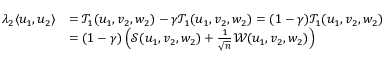
\begin{array} { r l } { \lambda _ { 2 } \langle u _ { 1 } , u _ { 2 } \rangle } & { = { \mathcal { T } } _ { 1 } ( u _ { 1 } , v _ { 2 } , w _ { 2 } ) - { \gamma } { \mathcal { T } } _ { 1 } ( u _ { 1 } , v _ { 2 } , w _ { 2 } ) = ( 1 - { \gamma } ) { \mathcal { T } } _ { 1 } ( u _ { 1 } , v _ { 2 } , w _ { 2 } ) } \\ & { = ( 1 - { \gamma } ) \left( { \mathcal { S } } ( u _ { 1 } , v _ { 2 } , w _ { 2 } ) + \frac { 1 } { \sqrt n } { \mathcal { W } } ( u _ { 1 } , v _ { 2 } , w _ { 2 } ) \right) } \end{array}